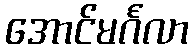
အောင်မင်္ဂလာ